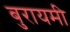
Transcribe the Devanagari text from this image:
बुरायमी